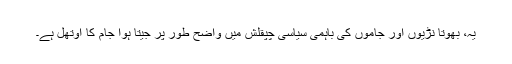
یہ، بھوتا نڑیوں اور جاموں کی باہمی سیاسی چپقلش میں واضح طور پر جیتا ہوا جام کا اوتھل ہے۔